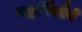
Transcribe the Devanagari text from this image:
महर्षियौंने